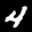
Label: 4